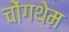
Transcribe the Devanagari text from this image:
चोंगथेम